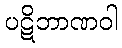
ပဋိဘာဏဝါ